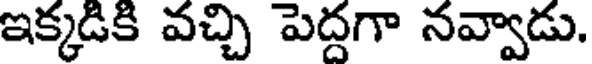
ఇక్కడికి వచ్చి పెద్దగా నవ్వాడు.